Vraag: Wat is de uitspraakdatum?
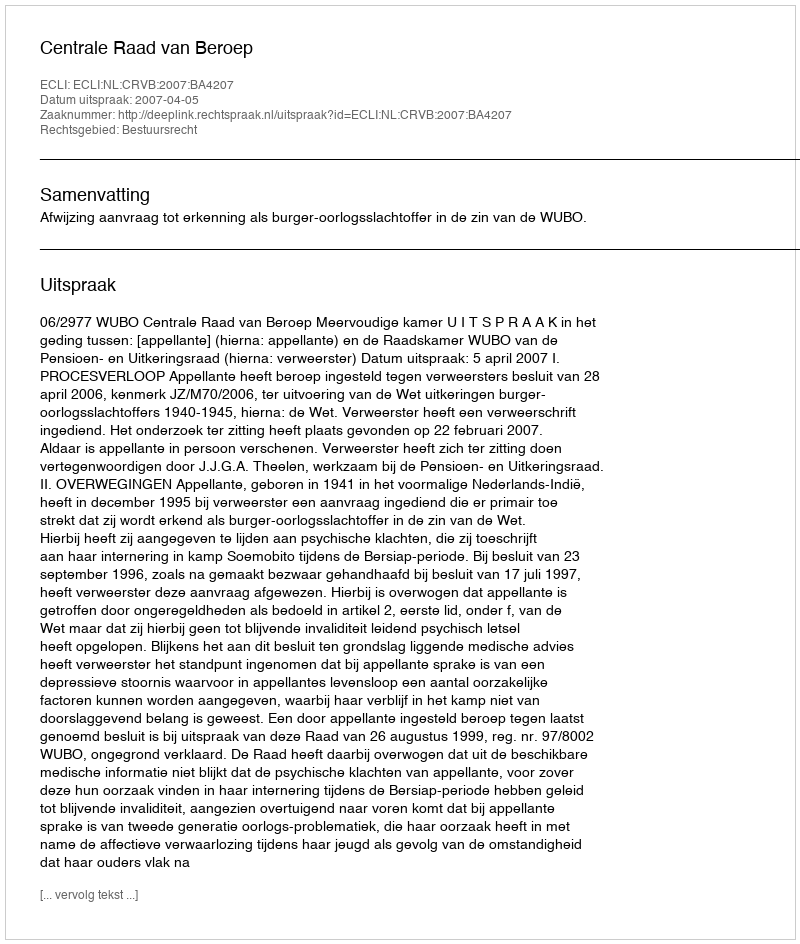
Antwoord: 2007-04-05